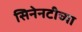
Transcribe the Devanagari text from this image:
सिनेनटीच्या